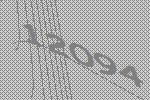
12094